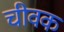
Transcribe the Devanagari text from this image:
चीवक